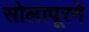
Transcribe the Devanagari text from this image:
सोलापूरने